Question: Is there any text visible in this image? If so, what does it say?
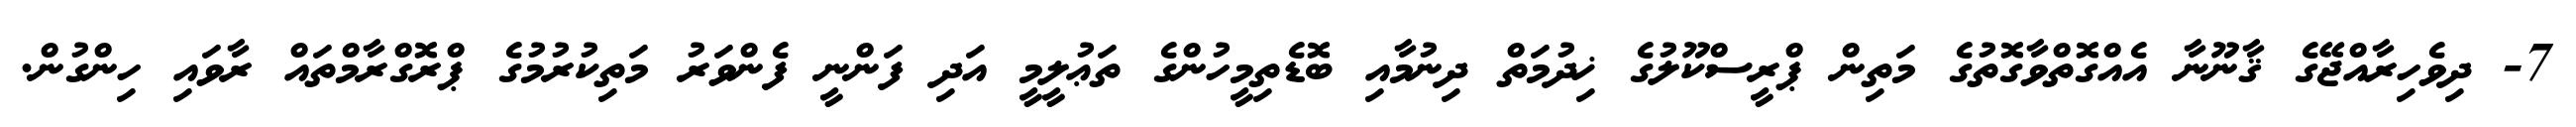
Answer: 7- ދިވެހިރާއްޖޭގެ ޤާނޫނާ އެއްގޮތްވާގޮތުގެ މަތިން ޕްރީސްކޫލުގެ ޚިދުމަތް ދިނުމާއި ބޮޑެތިމީހުންގެ ތަޢުލީމީ އަދި ފަންނީ ފެންވަރު މަތިކުރުމުގެ ޕްރޮގްރާމްތައް ރާވައި ހިންގުން.